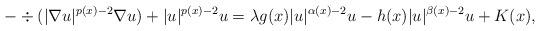
LaTeX: \begin{align*}-\div (|\nabla u|^{p(x)-2}\nabla u) + |u|^{p(x)-2}u = \lambda g(x) |u|^{\alpha(x)-2}u - h(x) |u|^{\beta(x)-2}u +K(x),\end{align*}